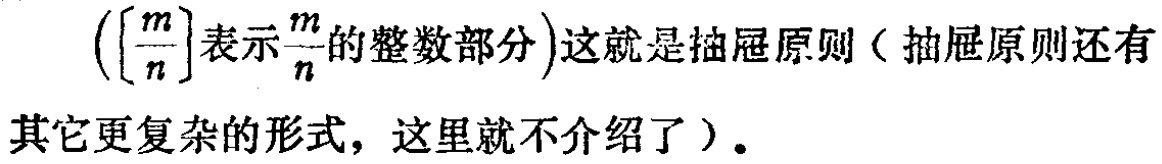
$\left(\left[\dfrac{m}{n}\right]表示\dfrac{m}{n}的整数部分\right)这就是抽屉原则（抽屉原则还有其它更复杂的形式，这里就不介绍了）.$